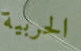
الحربية